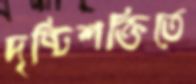
দৃষ্টিশক্তিতে